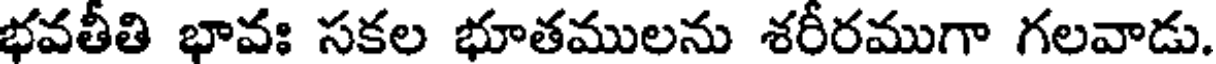
భవతీతి భావః సకల భూతములను శరీరముగా గలవాడు.